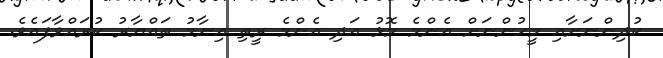
ކުދިންނަށާއި މީހުންނަށް އެންމެ މޮޅު އަދި އެންމެ ރީތި އިނާމު ތައްޔާރު ކުރައްވާފައެވެ.